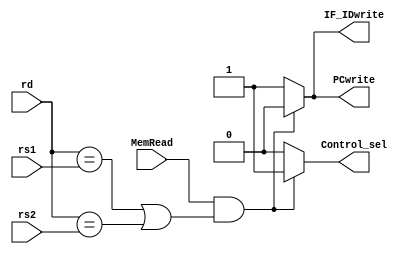
`timescale 1ns / 1ps

// Responsible for detecting data hazards that would:
//      require the pipeline to be stalled. 
//      ----------------------------------------------------------------------------------
//      it compares the destination register in the execute (EX) stage (rd)
//      with source registers in the instruction fetch/decode (IF/ID) stage (rs1 and rs2).
//      ----------------------------------------------------------------------------------
//      if a match is found and the EX stage instruction is a memory read,
//      it generates signals to stall the pipeline.

module hazard_detection #(parameter SIZE_REG = 5) (
    // Destination register in the EX stage
    input [SIZE_REG-1:0] rd,
    // Source registers in IF/ID stage
    input [SIZE_REG-1:0] rs1,
    input [SIZE_REG-1:0] rs2,
    // EX stage instruction is a memory read
    input MemRead,
    // Control signal for writing
    output reg PCwrite,      // to the PC
    output reg IF_IDwrite,   // to the IF/ID register
    // Control signal (select the source of control signals)
    output reg Control_sel
);

    // Combinational logic to detect hazards and control the pipeline
    always @(*) begin
        // Check for memory read hazard conditions
        if (MemRead && ((rd == rs1) || (rd == rs2))) begin
            // Hazard detected: stall the pipeline
            PCwrite = 1'b0;
            IF_IDwrite = 1'b0;
            Control_sel = 1'b1;
        end else begin
            // No hazard detected: normal pipeline operation
            PCwrite = 1'b1;
            IF_IDwrite = 1'b1;
            Control_sel = 1'b0;
        end
    end

endmodule